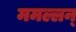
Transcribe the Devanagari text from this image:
ममल्लन्